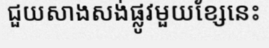
ជួយសាងសង់ផ្លូវមួយខ្សែនេះ